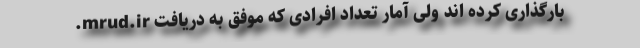
.mrud.ir بارگذاری کرده اند ولی آمار تعداد افرادی که موفق به دریافت